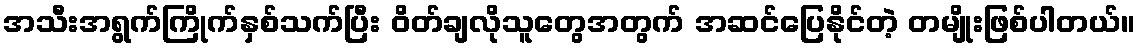
အသီးအရွက်ကြိုက်နှစ်သက်ပြီး ဝိတ်ချလိုသူတွေအတွက် အဆင်ပြေနိုင်တဲ့ တမျိုးဖြစ်ပါတယ်။